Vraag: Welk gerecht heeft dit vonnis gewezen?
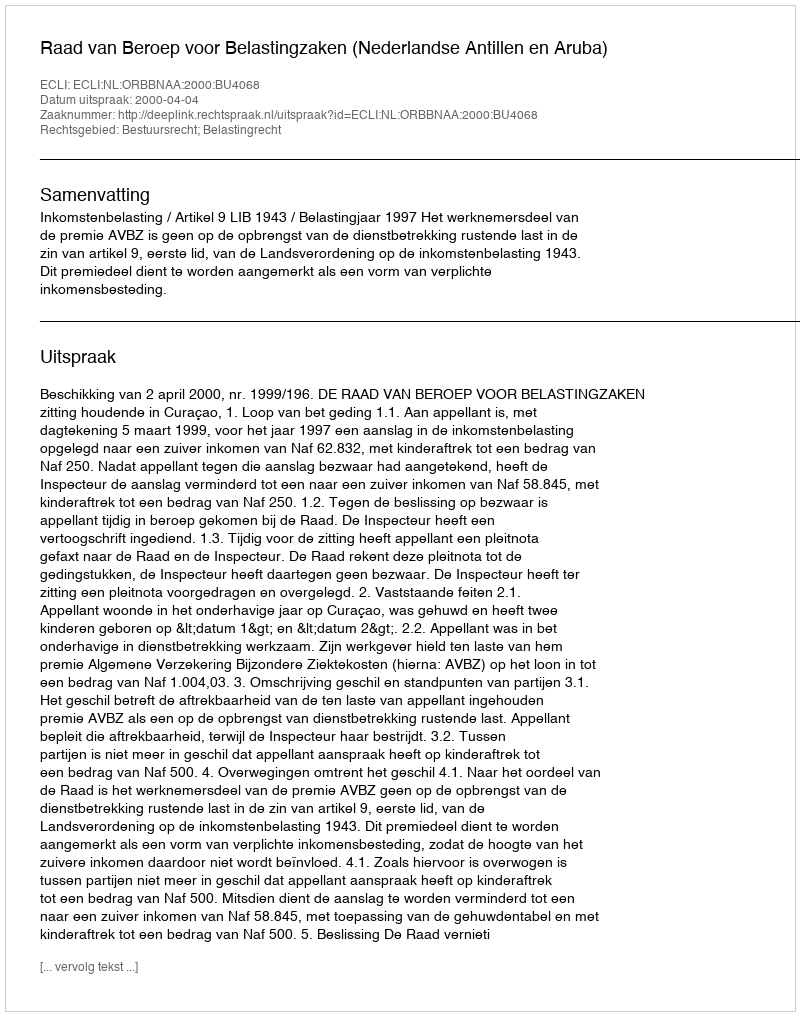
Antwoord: Raad van Beroep voor Belastingzaken (Nederlandse Antillen en Aruba)